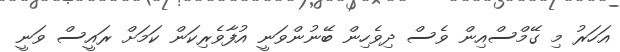
އަހަރު މި ގޭމްސްއިން ވެސް ދިވެހިން ބޭނުންވަނީ އުފާވެރިކަން ކަމަށް ރައީސް ވަނީ